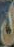
ل